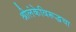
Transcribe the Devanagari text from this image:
श्रीलंकेविरूद्धचा